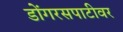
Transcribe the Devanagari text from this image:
डोंगरसपाटीवर